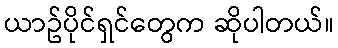
ယာဥ်ပိုင်ရှင်တွေက ဆိုပါတယ်။